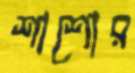
শাশোর